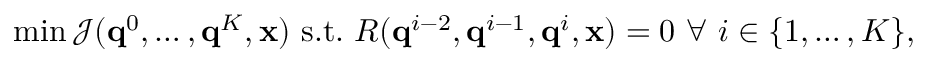
\operatorname* { m i n } \mathcal { J } ( \mathbf { q } ^ { 0 } , \dots , \mathbf { q } ^ { K } , \ensuremath { \mathbf { x } } ) \ \mathrm { s . t . } \ R ( \mathbf { q } ^ { i - 2 } , \mathbf { q } ^ { i - 1 } , \mathbf { q } ^ { i } , \ensuremath { \mathbf { x } } ) = 0 \ \forall \ i \in \{ 1 , \dots , K \} ,